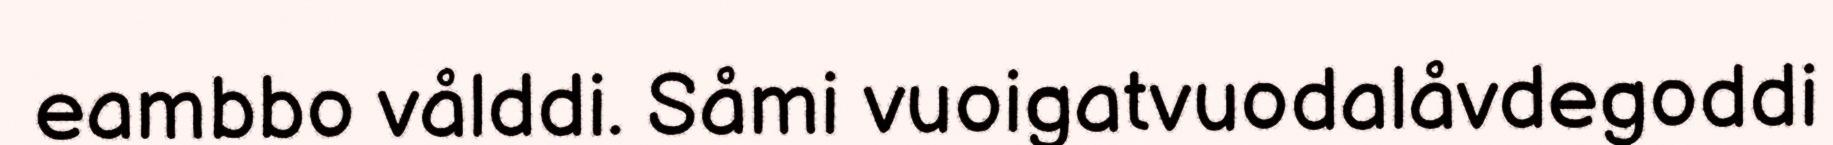
eambbo vålddi. Såmi vuoigatvuodalåvdegoddi